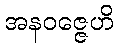
အနဝဇ္ဇေဟိ